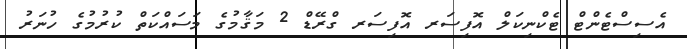
އެސިސްޓެންޓް ޓެކްނިކަލް އޮފިސަރ އޮފިސަރ ގްރޭޑް 2 މަޤާމުގެ މަސައްކަތް ކުރުމުގެ ހުނަރު